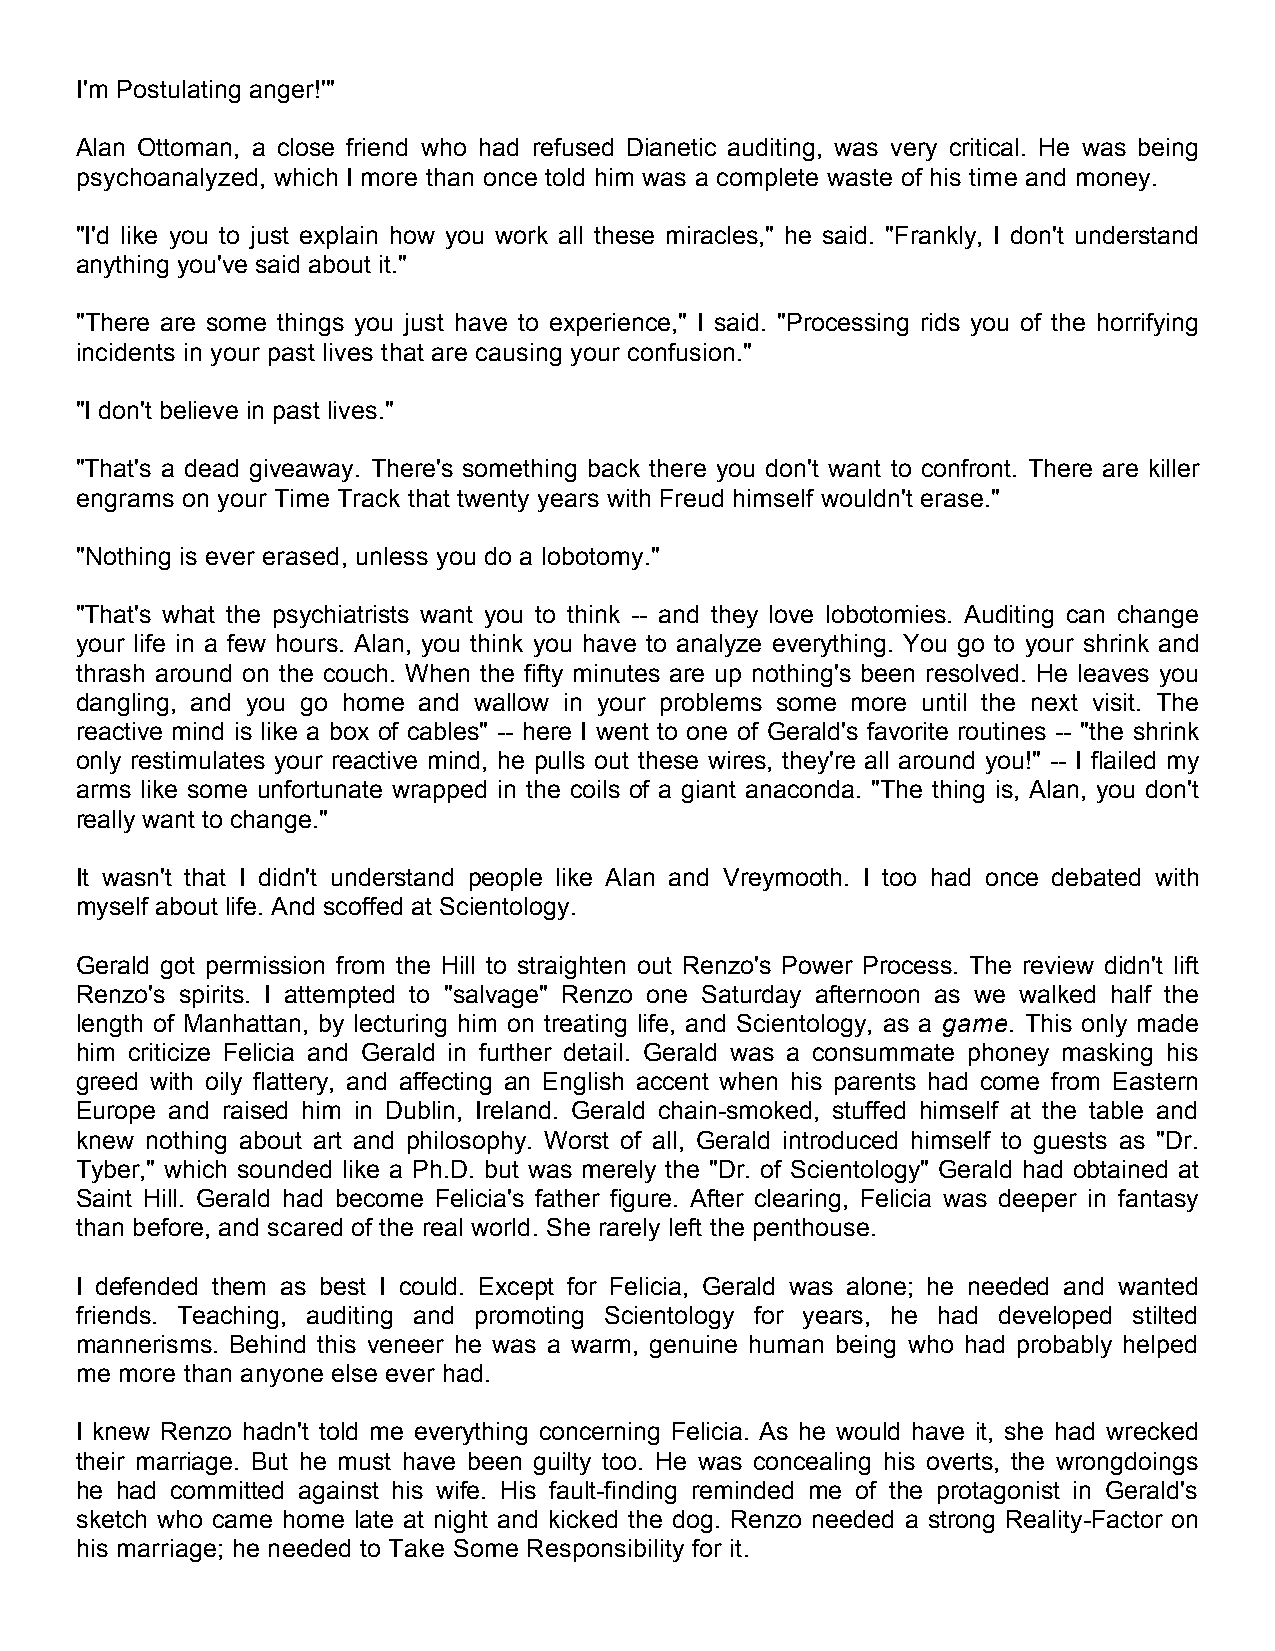
I'm Postulating anger!'"
 Alan Ottoman, a close friend who had refused Dianetic auditing, was very critical. He was being
 psychoanalyzed, which I more than once told him was a complete waste of his time and money.
 "I'd like you to just explain how you work all these miracles," he said. "Frankly, I don't understand
 anything you've said about it."
 "There are some things you just have to experience," I said. "Processing rids you of the horrifying
 incidents in your past lives that are causing your confusion."
 "I don't believe in past lives."
 "That's a dead giveaway. There's something back there you don't want to confront. There are killer
 engrams on your Time Track that twenty years with Freud himself wouldn't erase."
 "Nothing is ever erased, unless you do a lobotomy."
 "That's what the psychiatrists want you to think -- and they love lobotomies. Auditing can change
 your life in a few hours. Alan, you think you have to analyze everything. You go to your shrink and
 thrash around on the couch. When the fifty minutes are up nothing's been resolved. He leaves you
 dangling, and you go home and wallow in your problems some more until the next visit. The
 reactive mind is like a box of cables" -- here I went to one of Gerald's favorite routines -- "the shrink
 only restimulates your reactive mind, he pulls out these wires, they're all around you!" -- I flailed my
 arms like some unfortunate wrapped in the coils of a giant anaconda. "The thing is, Alan, you don't
 really want to change."
 It wasn't that I didn't understand people like Alan and Vreymooth. I too had once debated with
 myself about life. And scoffed at Scientology.
 Gerald got permission from the Hill to straighten out Renzo's Power Process. The review didn't lift
 Renzo's spirits. I attempted to "salvage" Renzo one Saturday afternoon as we walked half the
 length of Manhattan, by lecturing him on treating life, and Scientology, as a game. This only made
 him criticize Felicia and Gerald in further detail. Gerald was a consummate phoney masking his
 greed with oily flattery, and affecting an English accent when his parents had come from Eastern
 Europe and raised him in Dublin, Ireland. Gerald chain-smoked, stuffed himself at the table and
 knew nothing about art and philosophy. Worst of all, Gerald introduced himself to guests as "Dr.
 Tyber," which sounded like a Ph.D. but was merely the "Dr. of Scientology" Gerald had obtained at
 Saint Hill. Gerald had become Felicia's father figure. After clearing, Felicia was deeper in fantasy
 than before, and scared of the real world. She rarely left the penthouse.
 I defended them as best I could. Except for Felicia, Gerald was alone; he needed and wanted
 friends. Teaching, auditing and promoting Scientology for years, he had developed stilted
 mannerisms. Behind this veneer he was a warm, genuine human being who had probably helped
 me more than anyone else ever had.
 I knew Renzo hadn't told me everything concerning Felicia. As he would have it, she had wrecked
 their marriage. But he must have been guilty too. He was concealing his overts, the wrongdoings
 he had committed against his wife. His fault-finding reminded me of the protagonist in Gerald's
 sketch who came home late at night and kicked the dog. Renzo needed a strong Reality-Factor on
 his marriage; he needed to Take Some Responsibility for it.